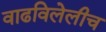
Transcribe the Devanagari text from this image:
वाढविलेलीच